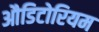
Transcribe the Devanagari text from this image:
औडिटोरियम